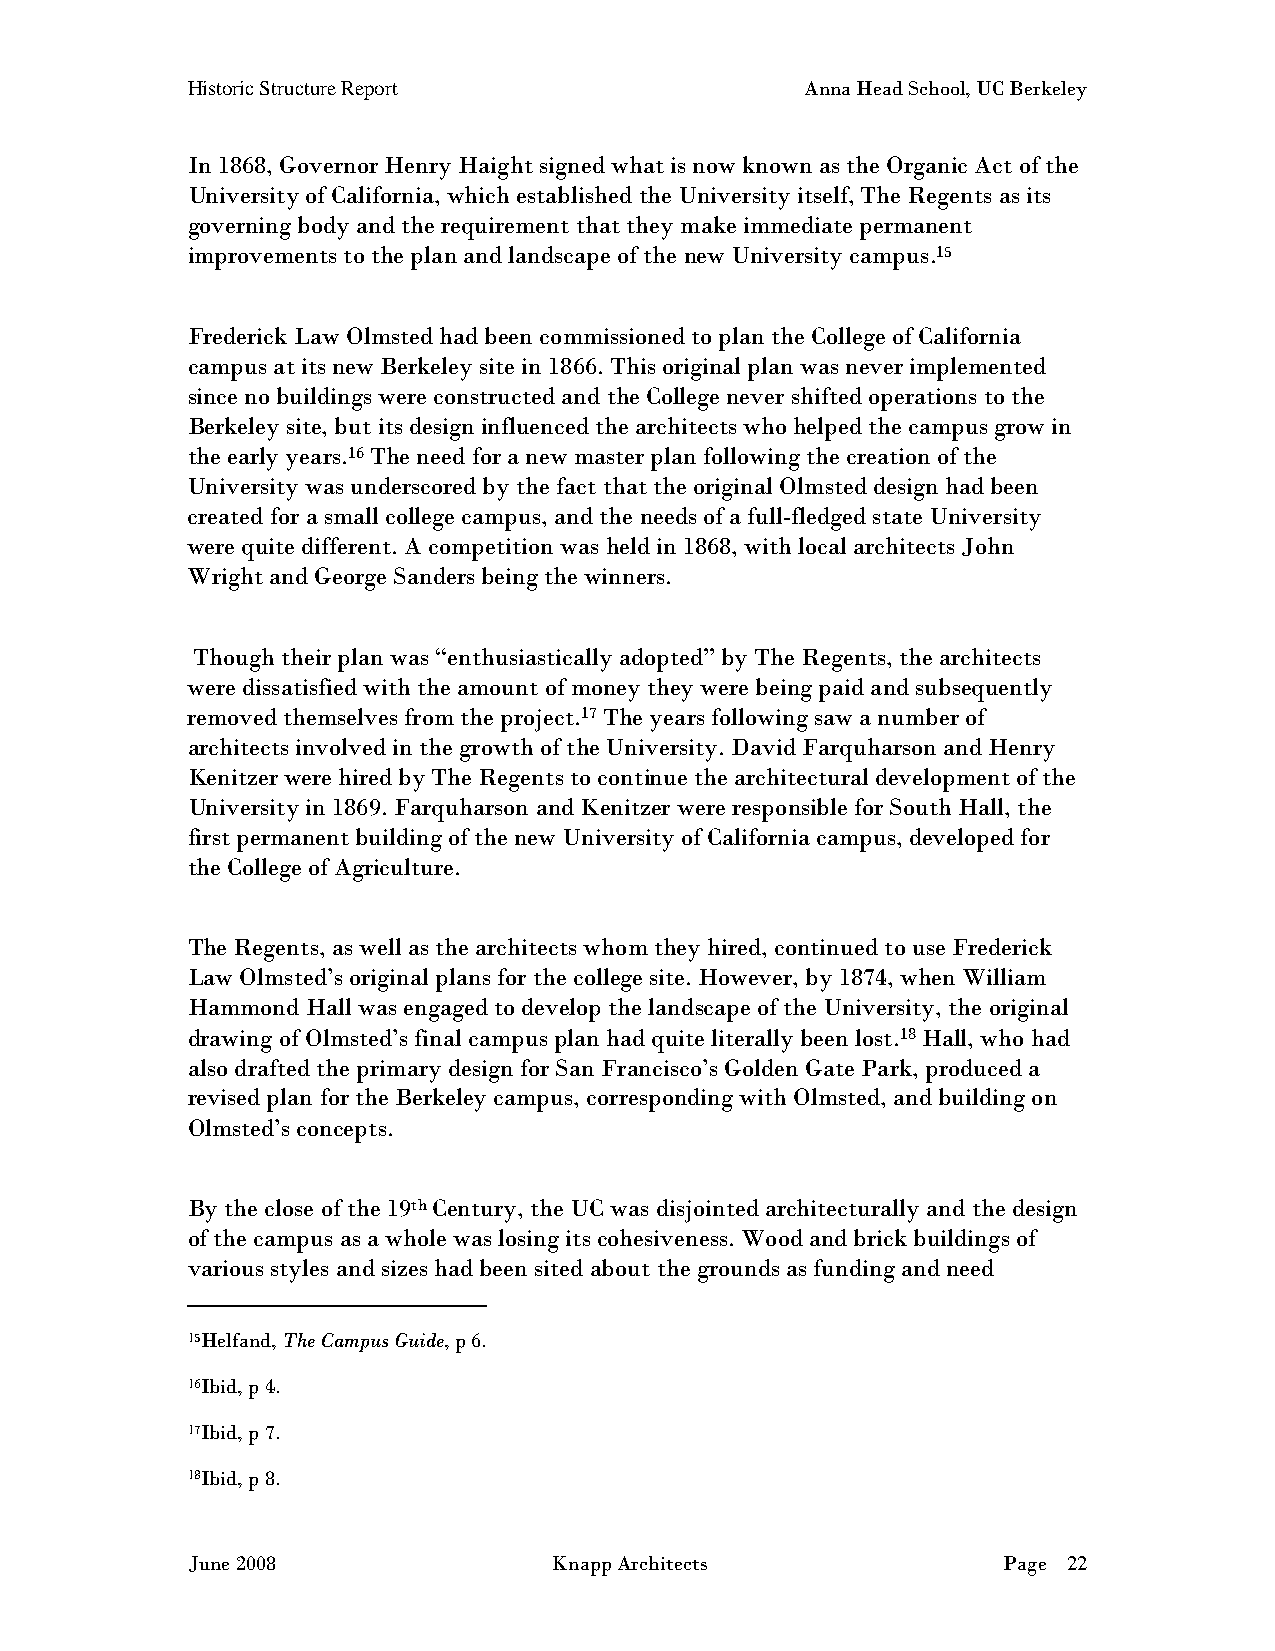
Historic Structure Report                Anna Head School, UC Berkeley
 In 1868, Governor Henry Haight signed what is now known as the Organic Act of the
 University of California, which established the University itself, The Regents as its
 governing body and the requirement that they make immediate permanent
 improvements to the plan and landscape of the new University campus.15
 Frederick Law Olmsted had been commissioned to plan the College of California
 campus at its new Berkeley site in 1866. This original plan was never implemented
 since no buildings were constructed and the College never shifted operations to the
 Berkeley site, but its design influenced the architects who helped the campus grow in
 the early years.16 The need for a new master plan following the creation of the
 University was underscored by the fact that the original Olmsted design had been
 created for a small college campus, and the needs of a full-fledged state University
 were quite different. A competition was held in 1868, with local architects John
 Wright and George Sanders being the winners.
 Though their plan was “enthusiastically adopted” by The Regents, the architects
 were dissatisfied with the amount of money they were being paid and subsequently
 removed themselves from the project.17 The years following saw a number of
 architects involved in the growth of the University. David Farquharson and Henry
 Kenitzer were hired by The Regents to continue the architectural development of the
 University in 1869. Farquharson and Kenitzer were responsible for South Hall, the
 first permanent building of the new University of California campus, developed for
 the College of Agriculture.
 The Regents, as well as the architects whom they hired, continued to use Frederick
 Law Olmsted’s original plans for the college site. However, by 1874, when William
 Hammond Hall was engaged to develop the landscape of the University, the original
 drawing of Olmsted’s final campus plan had quite literally been lost.18 Hall, who had
 also drafted the primary design for San Francisco’s Golden Gate Park, produced a
 revised plan for the Berkeley campus, corresponding with Olmsted, and building on
 Olmsted’s concepts.
 By the close of the 19th Century, the UC was disjointed architecturally and the design
 of the campus as a whole was losing its cohesiveness. Wood and brick buildings of
 various styles and sizes had been sited about the grounds as funding and need
 15Helfand, The Campus Guide, p 6.
 16Ibid, p 4.
 17Ibid, p 7.
 18Ibid, p 8.
 June 2008                Knapp Architects             Page 22